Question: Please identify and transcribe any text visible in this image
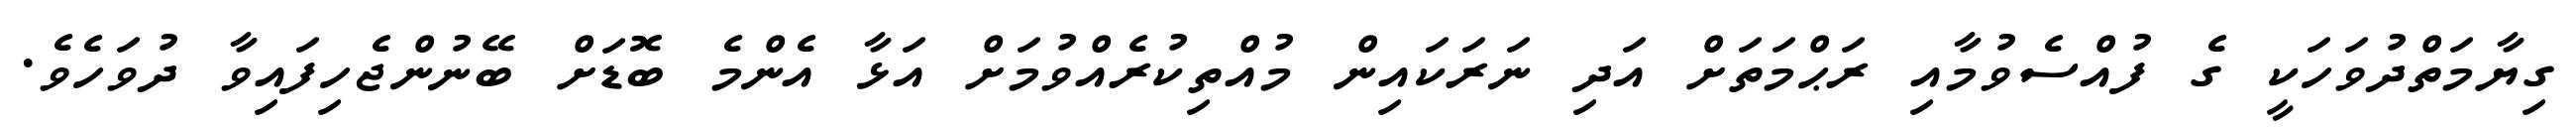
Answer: ގިޔާމަތްދުވަހަކީ ގެ ފުއްސެވުމާއި ރަޙްމަތަށް އަދި ނަރަކައިން މުއްތިކުރެއްވުމަށް އަޅާ އެންމެ ބޮޑަށް ބޭނުންޖެހިފައިވާ ދުވަހެވެ.